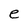
Character: e